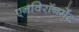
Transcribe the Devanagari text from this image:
एनविरॉनमेंट